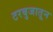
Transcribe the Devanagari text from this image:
टरबुजातून